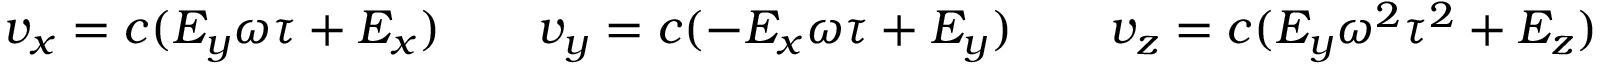
v _ { x } = c ( E _ { y } \omega \tau + E _ { x } ) \qquad v _ { y } = c ( - E _ { x } \omega \tau + E _ { y } ) \qquad v _ { z } = c ( E _ { y } \omega ^ { 2 } \tau ^ { 2 } + E _ { z } )